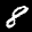
Digit: 8